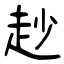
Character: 赻